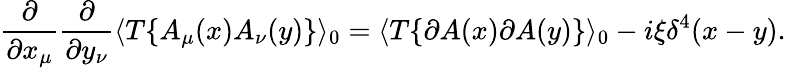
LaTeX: \frac{\partial}{\partial x_{\mu}}\frac{\partial}{\partial y_{\nu}}\langle T\{ A_{\mu}(x)A_{\nu}(y)\} \rangle_{0}=\langle T\{ \partial A(x)\partial A(y)\} \rangle_{0}-i\xi\delta^{4}(x-y).